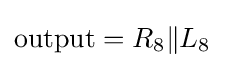
{\rm {output}}=R_{8}\|L_{8}